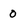
Character: O